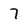
Character: 7